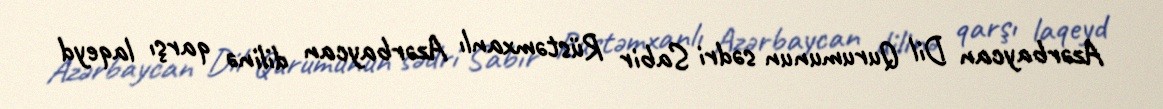
Azərbaycan Dil Qurumunun sədri Sabir Rüstəmxanlı Azərbaycan dilinə qarşı laqeyd